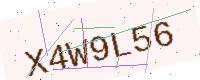
Text: X4W9L56